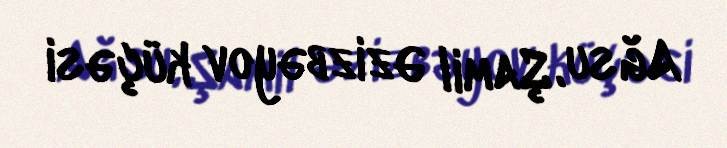
Ağsu, Şamil Əzizbəyov küçəsi